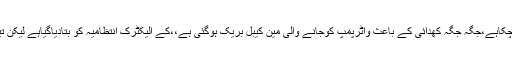
دوسری جانب گرین لائن منصوبے کے باعث بھی واٹربورڈ کا سارانظام درہم برہم ہوچکاہے،جگہ جگہ کھدائی کے باعث واٹرپمپ کوجانے والی مین کیبل بریک ہوگئی ہے،،کے الیکٹرک انتظامیہ کو بتادیاگیاہے لیکن تین ہفتے گزرجانے کے باوجود اس فالٹ کودورنہیں کیاجارہاجو انتہائی افسوسناک ہے۔